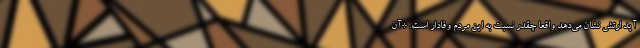
آید ارتش نشان می‌دهد واقعاً چقدر نسبت به این مردم وفادار است. *آن